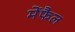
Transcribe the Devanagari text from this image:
मेंफैल